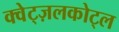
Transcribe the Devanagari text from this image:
क्वेट्ज़लकोट्ल